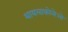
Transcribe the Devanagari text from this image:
थायलाकोलेओ